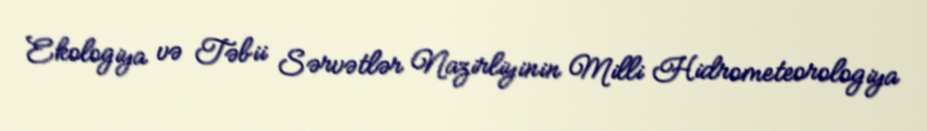
Ekologiya və Təbii Sərvətlər Nazirliyinin Milli Hidrometeorologiya